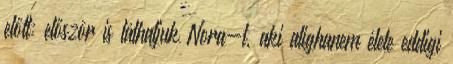
előtt: először is láthatjuk Nora-t, aki alighanem élete eddigi